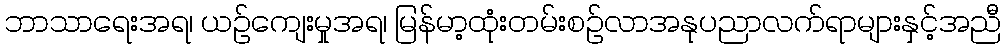
ဘာသာရေးအရ၊ ယဉ်ကျေးမှုအရ၊ မြန်မာ့ထုံးတမ်းစဉ်လာအနုပညာလက်ရာများနှင့်အညီ